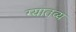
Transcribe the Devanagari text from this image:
ग्यातव्य